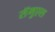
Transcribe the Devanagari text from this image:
सॅमुएल